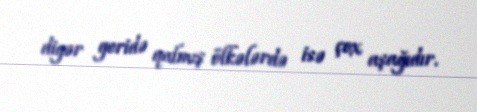
digər geridə qalmış ölkələrdə isə çox aşağıdır.